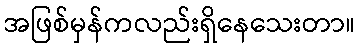
အဖြစ်မှန်ကလည်းရှိနေသေးတာ။